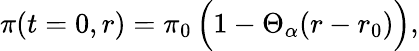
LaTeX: \displaystyle\pi(t=0,r)=\pi_{0}\, \Bigl(1-\Theta_{\alpha}(r-r_{0})\Bigr),